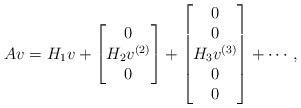
LaTeX: \begin{align*}Av=H_1v + \begin{bmatrix}0 \\ H_2 v^{(2)} \\ 0\end{bmatrix} + \begin{bmatrix}0 \\ 0\\ H_3 v^{(3)} \\0 \\0\end{bmatrix}+\cdots,\end{align*}